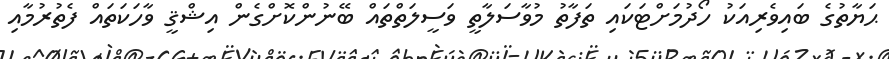
ޙަޔާތުގެ ބައިވެރިއަކު ހޯދުމަށްޓަކައި ތަފާތު މުވާސަލާތީ ވަސީލަތްތައް ބޭނުންކޮށްގެން އިޝްޤީ ވާހަކަތައް ފެތުރުމާއި